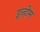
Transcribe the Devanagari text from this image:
इन्हीम